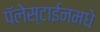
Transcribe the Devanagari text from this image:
पॅलेस्टाईनमधे